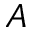
A